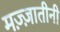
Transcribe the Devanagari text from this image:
मज़्ज़ातीनी